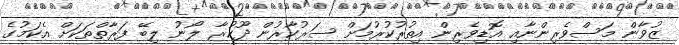
ޒުވާން މަސްވެރިންނާއި އޮޑިވެރިން އިތުރުކުރުމަށް ސަރުކާރުން ދޫކުރާ ލޯނު ލިބޭ ފަރާތްތަކަށް އެކަމުގެ